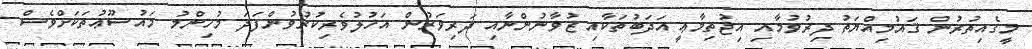
މީގެއިތުރުން ޤައުމިއްޔަތު ދިރުވުމާއި އިޖުތިމާޢީ އަދަބުތަކާއި ޒުވާނުންނާއި ދަރިވަރުން އަހުލުވެރިކުރުވުންފަދަ މުހިންމު މައުޟޫޢުތަކަށްވެސް